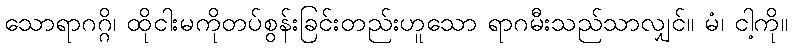
သောရာဂဂ္ဂိ၊ ထိုငါးမကိုတပ်စွန်းခြင်းတည်းဟူသော ရာဂမီးသည်သာလျှင်။ မံ၊ ငါ့ကို။